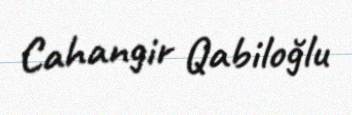
Cahangir Qabiloğlu